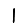
Digit: 1